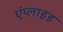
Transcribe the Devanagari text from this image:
एंप्‍लाइड